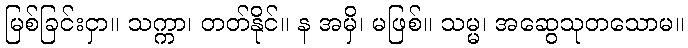
မြစ်ခြင်းငှာ။ သက္ကာ၊ တတ်နိုင်။ န အမှိ၊ မဖြစ်။ သမ္မ၊ အဆွေသုတသောမ။